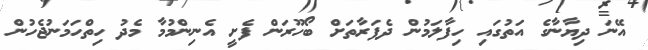
އޭނަ ދިޔާނާގެ އަތުގައި ހިފާލަމުން ދެފަރާތަށް ބޯހޫރަން ފެށީ އެނިންމުމާ މެދު ހިތްހަމަނުޖެހުން